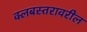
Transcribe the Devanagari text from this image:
क्लबस्तरावरील